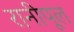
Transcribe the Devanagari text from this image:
रानीपूल